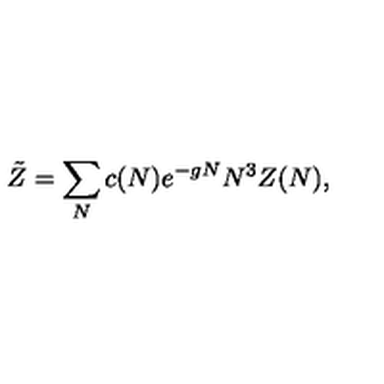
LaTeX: \tilde { Z } = \sum _ { N } c ( N ) e ^ { - g N } N ^ { 3 } Z ( N ) ,